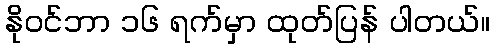
နိုဝင်ဘာ ၁၆ ရက်မှာ ထုတ်ပြန် ပါတယ်။